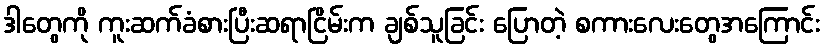
ဒါတွေကို ကူးဆက်ခံစားပြီးဆရာငြိမ်းက ချစ်သူခြင်း ပြောတဲ့ စကားလေးတွေအကြောင်း